Indian journal of veterinary science and animal husbandry - Volumes 28-29, 1958-1959
Year: 1958
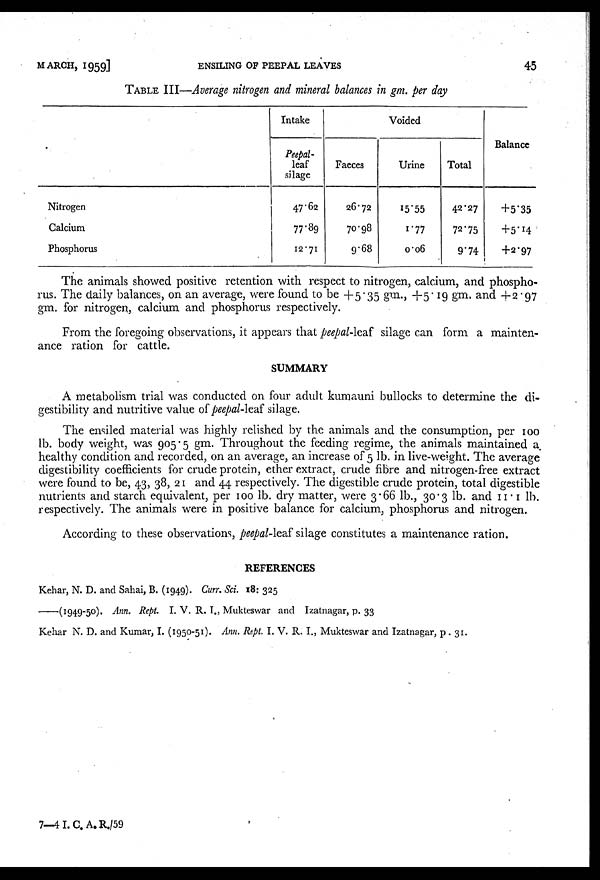
MARCH,
1959]
ENSILING OF PEEPAL LEAVES
45
TABLE III—Average nitrogen and mineral balances in gm. per day
Nitrogen
Calcium
Phosphorus
Intake
Peepal-
leaf
silage
47.62
77.89
12.71
Voided
Faeces
26.72
70.98
9.68
Urine
15.55
1.77
0.06
Total
42.27
72.75
9.74
Balance
+5.35
+5.14
+2.97
The animals showed positive retention with respect to nitrogen, calcium, and phospho-
rus. The daily balances, on an average, were found to be +5.35 gm., +5.19 gm. and +2.97
gm. for nitrogen, calcium and phosphorus respectively.
From the foregoing observations, it appears that peepal-leaf silage can form a mainten-
ance ration for cattle.
SUMMARY
A metabolism trial was conducted on four adult kumauni bullocks to determine the di-
gestibility and nutritive value of peepal-leaf silage.
The ensiled material was highly relished by the animals and the consumption, per 100
lb. body weight, was 905.5 gm. Throughout the feeding regime, the animals maintained a
healthy condition and recorded, on an average, an increase of 5 lb. in live-weight. The average
digestibility coefficients for crude protein, ether extract, crude fibre and nitrogen-free extract
were found to be, 43, 38, 21 and 44 respectively. The digestible crude protein, total digestible
nutrients and starch equivalent, per 100 lb. dry matter, were 3.66 lb., 30.3 lb. and 11.1 lb.
respectively. The animals were in positive balance for calcium, phosphorus and nitrogen.
According to these observations, peepal-leaf silage constitutes a maintenance ration.
REFERENCES
Kehar, N. D. and Sahai, B. (1949). Curr. Sci. 18: 325
——(1949-50). Ann. Rept. I. V. R. I., Mukteswar and Izatnagar, p. 33
Kehar N. D. and Kumar, I. (1950-51). Ann. Rept. I. V. R. I., Mukteswar and Izatnagar, p . 31.
7—4 I.C.A.R./59